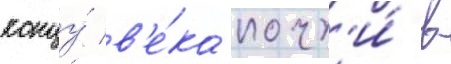
концу́ в'е́ка почт'и́ в